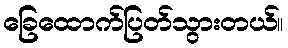
ခြေထောက်ပြတ်သွားတယ်။